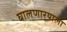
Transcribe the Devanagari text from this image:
घालणार्‍याला